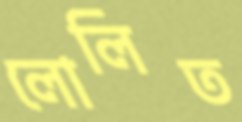
লোলিত